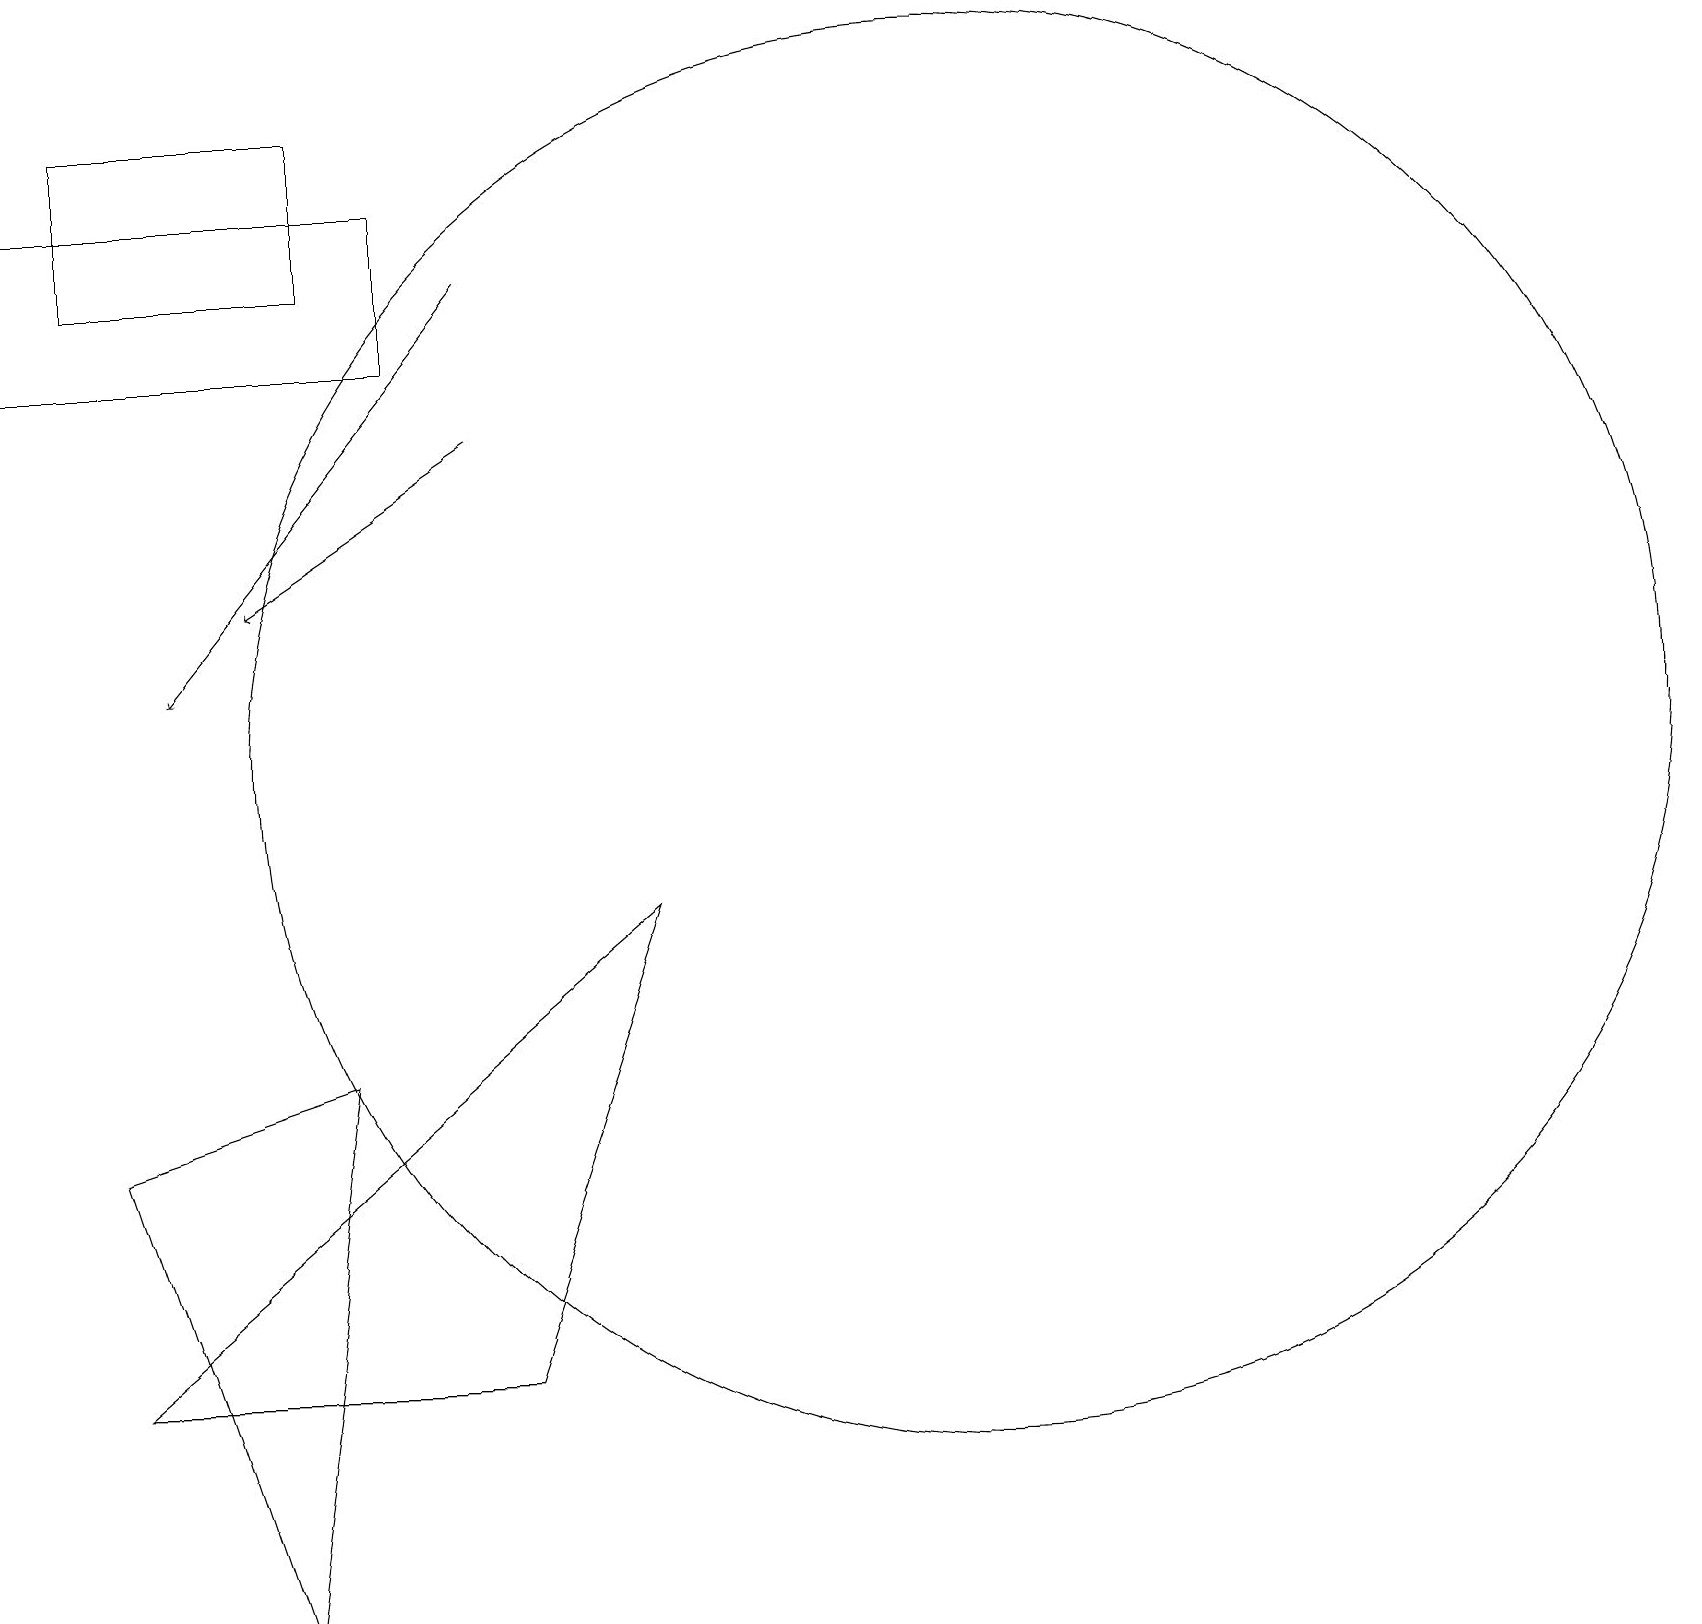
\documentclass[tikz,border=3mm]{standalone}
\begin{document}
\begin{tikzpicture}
\draw (0,16) rectangle (5,18);
\draw (10,10) circle (0);
\draw (1,3) -- (6,3) -- (8,9) -- cycle;
\draw[->] (6,17) -- (2,12);
\draw (12,11) circle (9);
\draw[->] (6,15) -- (3,13);
\draw (4,7) -- (1,6) -- (3,0) -- cycle;
\draw (1,19) rectangle (4,17);
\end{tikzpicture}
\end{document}